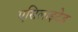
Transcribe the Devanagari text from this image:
एसिलाइटेड